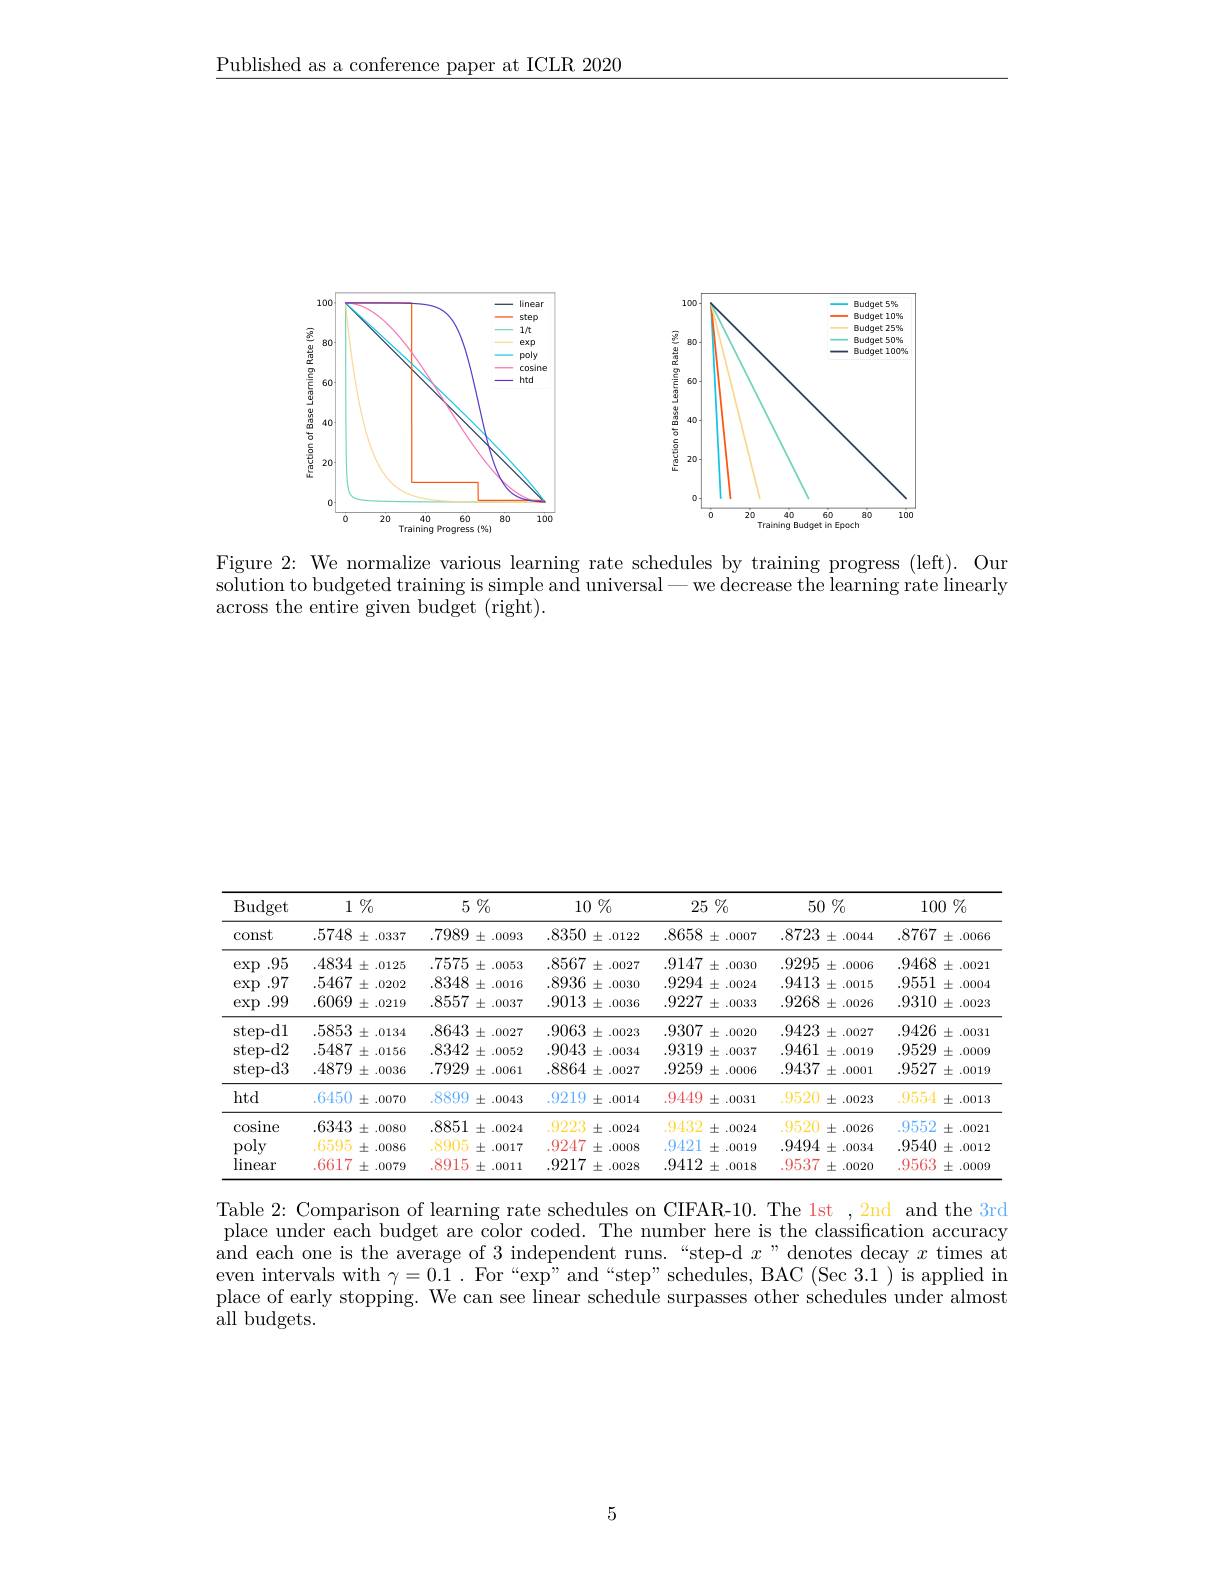
$\underline{\text{Published as a conference paper at ICLR 2020}}$

<FigureHere>

Figure 2: We normalize various learning rate schedules by training progress (left). Our solution to budgeted training is simple and universal-we decrease the learning rate linearly across the entire given budget (right).

<table>
	<tbody>
		<tr>
			<th>Budget</th>
			<th>$1\%$</th>
			<th>$5\%$</th>
			<th>$10\%$</th>
			<th>$25\%$</th>
			<th>$50\not\%$</th>
			<th>$100\%$</th>
		</tr>
		<tr>
			<th>const</th>
			<th>.5748 土 .0337 </th>
			<th>.7989 $\pm$ .0093</th>
			<th>.8350 $\pm$ .0122</th>
			<th>.8658 $\pm$ .0007</th>
			<th>.8723 $\pm.0044$ </th>
			<th>8767 $\pm.0066$</th>
		</tr>
		<tr>
			<td>.95 $\exp$</td>
			<td>.4834 士 .0125 10</td>
			<td>.7575 $\pm.0053$</td>
			<td>.8567 $\pm.0027$</td>
			<td>.9147 $\pm$ .0030</td>
			<td>.9295 $\pm.0006$</td>
			<td>.9468 $\pm$ .0021</td>
		</tr>
		<tr>
			<td>.97 exp</td>
			<td>.5467 土.0202</td>
			<td>.8348 $\pm$ .0016</td>
			<td>.8936 1 $\pm.0030$</td>
			<td>.9294 $\pm$ .0024</td>
			<td>.9413 $\pm.0015$</td>
			<td>.9551 $\pm$ .0004</td>
		</tr>
		<tr>
			<td>$\exp$ .99</td>
			<td>.6069 土 .0219</td>
			<td>8557 $\pm$ .0037</td>
			<td>.9013 $x=\frac{1}{2}$ $\pm.0036$</td>
			<td>.9227 $\pm$ .0033</td>
			<td>.9268 $\pm$ .0026</td>
			<td>.9310 $\pm$ .0023</td>
		</tr>
		<tr>
			<td>step- d1</td>
			<td>$.5853\pm.0134$</td>
			<td>.8643 $3\pm.0027$</td>
			<td>.9063 $3\pm.0023$</td>
			<td>.9307 $\pm$ .0020</td>
			<td>.9423 $\pm$ .0027</td>
			<td>.9426 $\pm.0031$</td>
		</tr>
		<tr>
			<td>step- d2</td>
			<td>.5487 土.0156</td>
			<td>.8342 $\pm.0052$</td>
			<td>.9043 $\pm.0034$</td>
			<td>9319 $\pm$ .0037</td>
			<td>.9461 $\pm$ .0019</td>
			<td>.9529 $\pm$ .0009</td>
		</tr>
		<tr>
			<td>$\operatorname{step-d3}$</td>
			<td>.4879 1 士 .0036</td>
			<td>.7929 $\pm$ .0061</td>
			<td>$.8864\pm.0027$</td>
			<td>9259 $\pm$ .0006</td>
			<td>.9437 $\pm$ .0001</td>
			<td>.9527 $\pm$ .0019</td>
		</tr>
		<tr>
			<td>htd</td>
			<td>.6450 土 .0070</td>
			<td>.8899 $\pm.0043$</td>
			<td>.9219 $\pm.0014$</td>
			<td>.9449 $\pm$ .0031</td>
			<td>.9520 $\pm$ .0023</td>
			<td>.9554 $\pm$ .0013</td>
		</tr>
		<tr>
			<td>$\operatorname{cosine}$</td>
			<td>$.6343\pm.0080$</td>
			<td>.8851 $\pm$ .0024</td>
			<td>.9223 $\pm$ .0024</td>
			<td>9432 $\pm$ .0024</td>
			<td>.9520 $\pm$ .0026</td>
			<td>.9552 $\pm$ .0021</td>
		</tr>
		<tr>
			<td>poly</td>
			<td>.6595 士 .0086</td>
			<td>.8905 $\pm.0017$</td>
			<td>.9247 $\pm.0008$</td>
			<td>9421 $\pm$ .0019</td>
			<td>.9494 $\pm$ .0034 </td>
			<td>.9540 $\pm$ .0012</td>
		</tr>
		<tr>
			<td>linear</td>
			<td>.6617 土 .0079</td>
			<td>.8915 $\pm.0011$</td>
			<td>.9217 $\pm$ .0028</td>
			<td>9412 $\pm$ .0018</td>
			<td>.9537 $\pm$ .0020</td>
			<td>.9563 $\pm$ .0009</td>
		</tr>
	</tbody>
</table>

Table 2: Comparison of learning rate schedules on CIFAR-10. The 1st ,2nd and the 3rd place under each budget are color coded. The number here is the classification accuracy and each one is the average of 3 independent runs.“step-d $x$”denotes decay $x$ times at even intervals with $\gamma=0.1.\mathrm{~For~}^{\omega}$exp" and “step” schedules, BAC (Sec 3.1) is applied in place of early stopping. We can see linear schedule surpasses other schedules under almost all budgets.

5